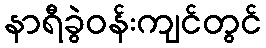
နာရီခွဲဝန်းကျင်တွင်